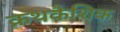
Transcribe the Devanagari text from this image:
क्रथकैशिक